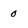
Character: 0